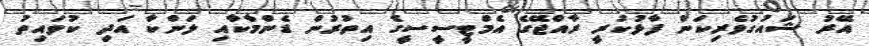
އޭރު ޝައުުގުވެރިކަން ފާޅުކުރީ ރާއްޖޭގެ އެމްޓީސީސީގެ އިތުުރުން ޑެންމާކާއި ލަންކާ އަދި ކުވައިތު